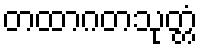
တထာဂတသုတ္တံ